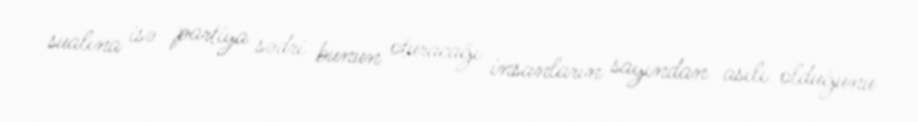
sualına isə partiya sədri bunun oturacağı insanların sayından asılı olduğunu